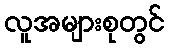
လူအများစုတွင်